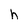
Character: h